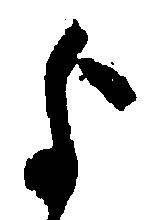
よ